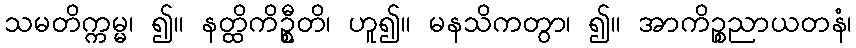
သမတိက္ကမ္မ၊ ၍။ နတ္ထိကိဦ္စတိ၊ ဟူ၍။ မနသိကတွာ၊ ၍။ အာကိဉ္စညာယတနံ၊